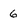
Character: 6